Report of an investigation of the epidemic of malarial fever in Assam, or, kala-azar
Disease focus: Malaria
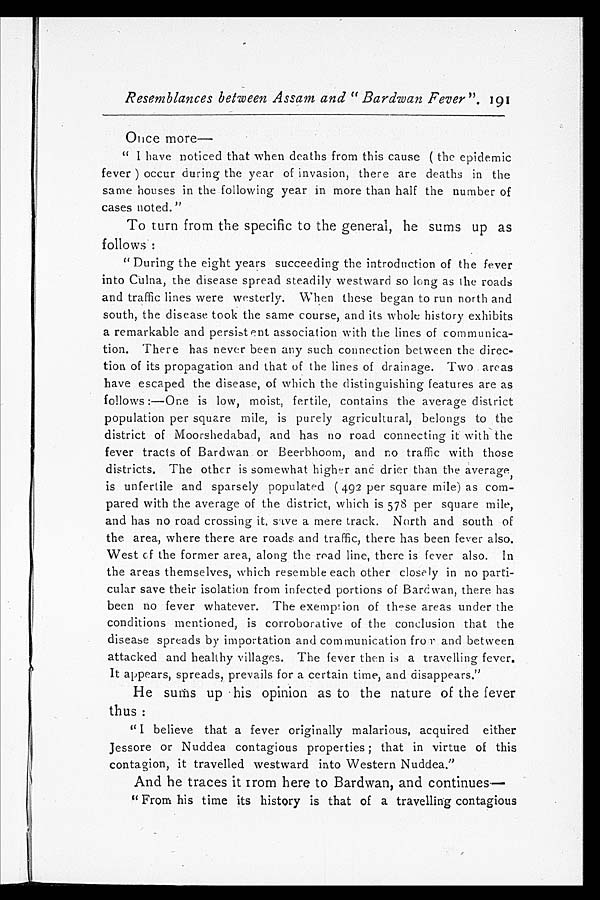
Resemblances between Assam and "Bardwan Fever". 191
Once more
—
"I have noticed that when deaths from this cause (the epidemic
fever) occur during the year of invasion, there are deaths in the
same houses in the following year in more than half the number of
cases noted."
To turn from the specific to the general, he sums up as
follows:
"During the eight years succeeding the introduction of the fever
into Culna, the disease spread steadily westward so long as the roads
and traffic lines were westerly. When these began to run north and
south, the disease took the same course, and its whole history exhibits
a remarkable and persistent association with the lines of communica
-tion. There has never been any such connection between the direc
-tion of its propagation and that of the lines of drainage. Two areas
have escaped the disease, of which the distinguishing features are as
follows:—One is low, moist, fertile, contains the average district
population per square mile, is purely agricultural, belongs to the
district of Moorshedabad, and has no road connecting it with the
fever tracts of Bardwan or Beerbhoom, and no traffic with those
districts. The other is somewhat higher and drier than the average,
is unfertile and sparsely populated (492 per square mile) as com
-pared with the average of the district, which is 578 per square mile,
and has no road crossing it, save a mere track. North and south of
the area, where there are roads and traffic, there has been fever also.
West of the former area, along the read line, there is fever also. In
the areas themselves, which resemble each other closely in no parti
-cular save their isolation from infected portions of Bardwan, there has
been no fever whatever. The exemption of these areas under the
conditions mentioned, is corroborative of the conclusion that the
disease spreads by importation and communication from and between
attacked and healthy villages. The fever then is a travelling fever.
It appears, spreads, prevails for a certain time, and disappears."
He sums up his opinion as to the nature of the fever
thus:
"I believe that a fever originally malarious, acquired either
Jessore or Nuddea contagious properties; that in virtue of this
contagion, it travelled westward into Western Nuddea."
And he traces it from here to Bardwan, and continues
—
"From his time its history is that of a travelling contagious